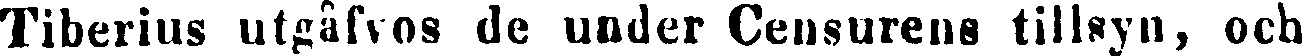
Tiberius utgåfvos de under Censurens tillsyn, och